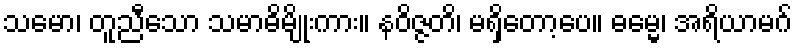
သမော၊ တူညီသော သမာဓိမျိုးကား။ နဝိဇ္ဇတိ၊ မရှိတော့ပေ။ ဓမ္မေ၊ အရိယာမဂ်